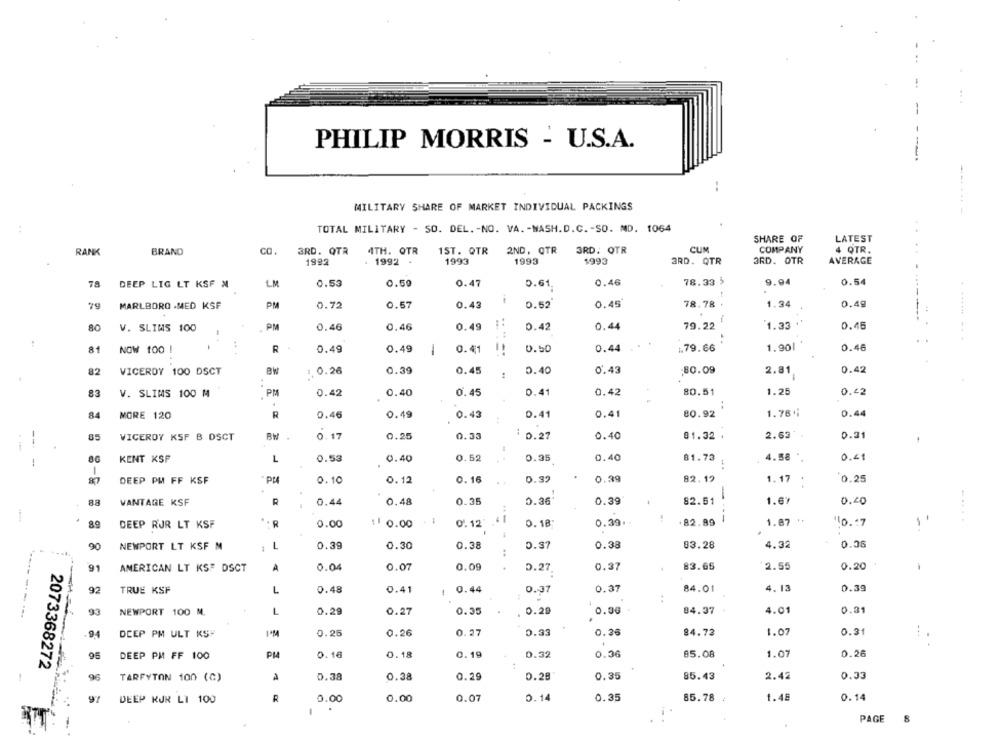
PHILIP MORRIS - U.S.A.
--
MILITARY SHARE OF MARKET INDIVIDUAL PACKINGS
-------
TOTAL MILITARY - SO. DEL. - NO. VA. - WASH.D.C .- SO. MD. 1064
SHARE OF
LATEST
RANK
BRAND
CO.
3RD. QTR
4TH. OTR
15T. QTR
2ND, QTR
3RD. OTR
CUM
COMPANY
4 QTR.
1993
1993
1993
3RD. OTR
AVERAGE
1982
1992 -
3RD. QTR
78
LM
0.53
0.50
0.47
0.61
0.46
78.33 5
9.94
0.54
DEEP LIG LT KSF X
MARLBORO .MED KSF
PM
0.72
0.57
0.43
0.52
0.45
78.78
1.34
0.49
80
V. SLIMS 100
PM
0.46
0.46
0.49
..
0.42
0.44
79.22
1.33
0.45
81
NOW 100 !
R
0.49
0.49
0.50
0.44
179.66
1.90|
0.46
-
0.41
82
VICEROY 100 DSCT
BW
1. 0.26
0.39
0.45
0.40
0.43
:80.09
2.81
0.42
V. SLIMS 100 M
PM
0.42
0.40
0.45
0.41
0.42
80.51
1.25
0.22
:
84
MORE 120
R
0.46
0.49
0.43
0.41
0.41
80.92
1.78"
0.44
VICEROY KSF B DSCT
BW
0.17
0.25
0.33
: 0.27
0.40
81.32 .
2.62
0.31
---
KENT KSP
L
0.53
0.40
0.52
0.35
0.40
81.73
4.58
0.41
DEEP PM FF KSF
0.10
0.12
0.16
0.99
0.39
82.19
1.17
0.25
88
VANTAGE KSF
0.44
0. 48
0.35
0.36
0.39
82.61
1.67
0.20
----
DEEP RJR LT KSF
. . R
0.00
11 0.00
0. 12
0. 18
0.39 ..
.82.89
1.87
10.17
-
90
NEWPORT LT KSF M
0.39
0.30
0.38
0.37
0.38
83.28
4.32
0.36
91
AMERICAN LT KS: DSCT
A
0.04
0.07
0.09
0.27
0.37
83.65
2.55
0.20
4. 13
92
TRUE KSF
L
0.48
0.41
1 0.44
0.37
0.37
84.01
0.39
93
NEWPORT 100 M.
1
0.29
0.27
0.35
0.29
0.00
84.37
4.01
0.31
DCEP PM ULT KSY
I'M
0.25
0.26
0.27
0.33
0.36
84.72
1.07
0.31
. .
95
PH
0.16
0.18
0.19
0.32
0.36
85.08
1.07
0.26
DEEP PM FF 100
2073368272
96
0.38
0.38
0.29
0.28
0.35
85.43
2.42
0.33
TARFYTON 100 (G)
A
R
0.00
0.14
0.35
85.78
1.48
0.14
DEEP KJR LI 100
0.00
0.07
PAGE
8